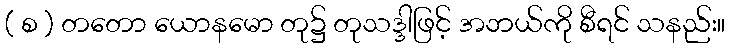
( စ ) တတော ယောနမော တု၌ တုသဒ္ဒါဖြင့် အဘယ်ကို စီရင် သနည်း။